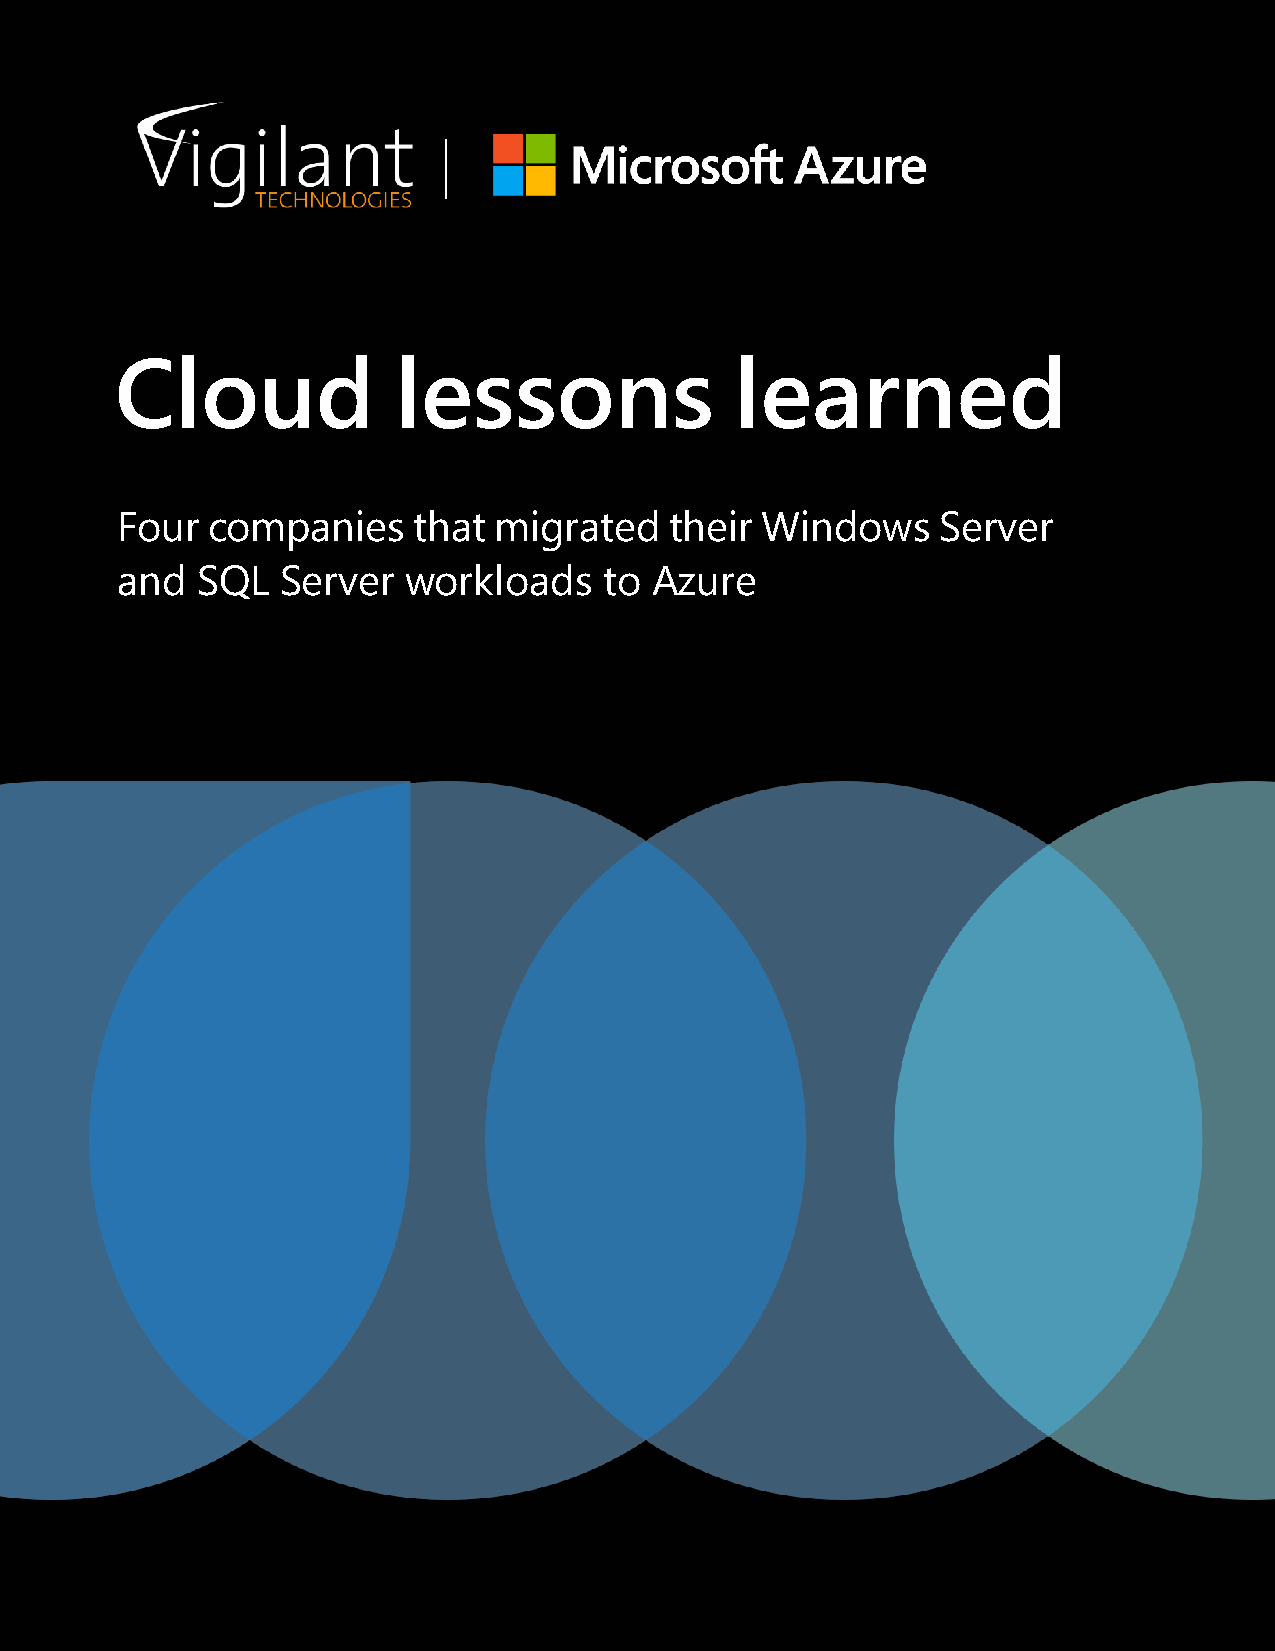
Cloud             lessons                learned
 Four  companies    that  migrated   their Windows     Server
 and  SQL   Server  workloads    to Azure